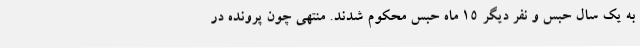
به یک سال حبس و نفر دیگر 15 ماه حبس محکوم شدند. منتهی چون پرونده در